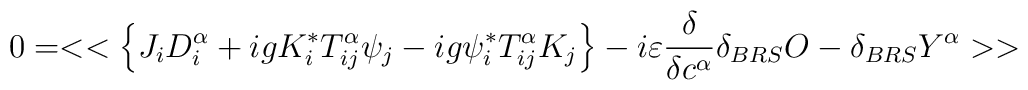
0=<<\left\{ J_{i}D_{i}^{\alpha }+igK_{i}^{*}T^{\alpha }_{ij}\psi _{j}-ig\psi _{i}^{*}T^{\alpha }_{ij}K_{j}\right\} -i\varepsilon \frac{\delta }{\delta c^{\alpha }}\delta _{BRS}O-\delta _{BRS}Y^{\alpha }>>